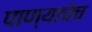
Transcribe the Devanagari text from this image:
पाण्याचेच